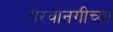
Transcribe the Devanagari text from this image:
परवानगीच्या